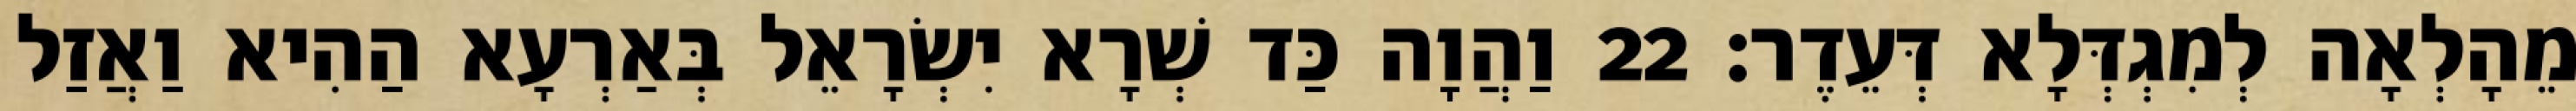
מֵהָלְאָה לְמִגְדְּלָא דְּעֵדֶר׃ 22 וַהֲוָה כַּד שְׁרָא יִשְׂרָאֵל בְּאַרְעָא הַהִיא וַאֲזַל